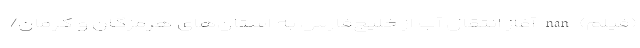
(فیلم) nan آغاز انتقال آب از خلیج‌فارس به استان‌های هرمزگان و کرمان/